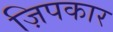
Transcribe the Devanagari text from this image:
ज़िपकार